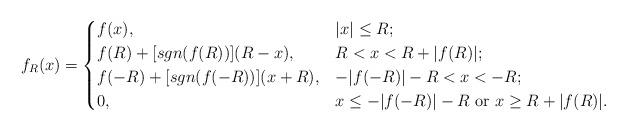
LaTeX: \begin{align*}f_R(x) = \begin{cases} f(x), & |x| \le R; \\ f(R)+ [sgn(f(R))](R-x), & R<x<R+|f(R)|; \\ f(-R)+ [sgn(f(-R))](x+R), & -|f(-R)|-R<x<-R; \\ 0, & x \le -|f(-R)|-R$ or $x \ge R+|f(R)|. \\ \end{cases}\end{align*}